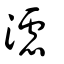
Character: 濾